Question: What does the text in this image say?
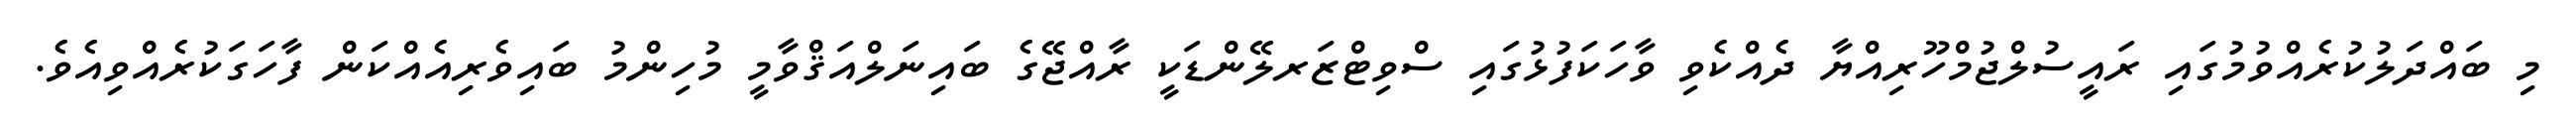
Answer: މި ބައްދަލުކުރެއްވުމުގައި ރައީސުލްޖުމްހޫރިއްޔާ ދެއްކެވި ވާހަކަފުޅުގައި ސްވިޓްޒަރލޭންޑަކީ ރާއްޖޭގެ ބައިނަލްއަޤްވާމީ މުހިންމު ބައިވެރިއެއްކަން ފާހަގަކުރެއްވިއެވެ.